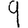
Digit: 9